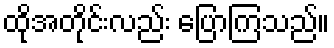
ထိုအတိုင်းလည်း ပြောကြသည်။